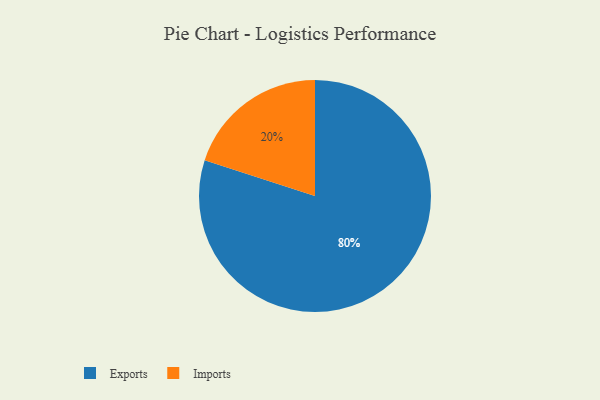
{"axis": {"x": "Category", "y": "Percentage"}, "legend": ["Exports", "Imports"], "data": [{"x": "Imports", "y": 20, "type": "Imports"}, {"x": "Exports", "y": 80, "type": "Exports"}]}